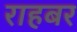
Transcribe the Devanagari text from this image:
राहबर